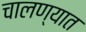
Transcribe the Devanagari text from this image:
चालण्यात